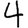
Digit: 4